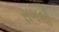
સગલો